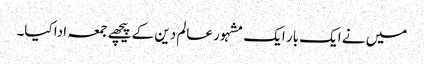
میں نے ایک بار ایک مشہور عالم دین کے پیچھے جمعہ ادا کیا۔